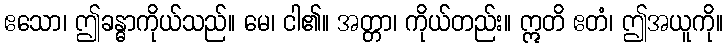
ဧသော၊ ဤခန္ဓာကိုယ်သည်။ မေ၊ ငါ၏။ အတ္တာ၊ ကိုယ်တည်း။ ဣတိ ဧတံ၊ ဤအယူကို။